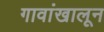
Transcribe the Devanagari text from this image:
गावांखालून